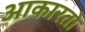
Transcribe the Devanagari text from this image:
आकारतो